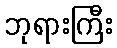
ဘုရားကြီး